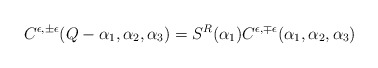
\begin{align*}C^{\epsilon,\pm\epsilon}(Q-\alpha_1,\alpha_2,\alpha_3)=S^R(\alpha_1)C^{\epsilon,\mp\epsilon}(\alpha_1,\alpha_2,\alpha_3)\end{align*}